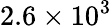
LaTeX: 2.6\times 10^{3}